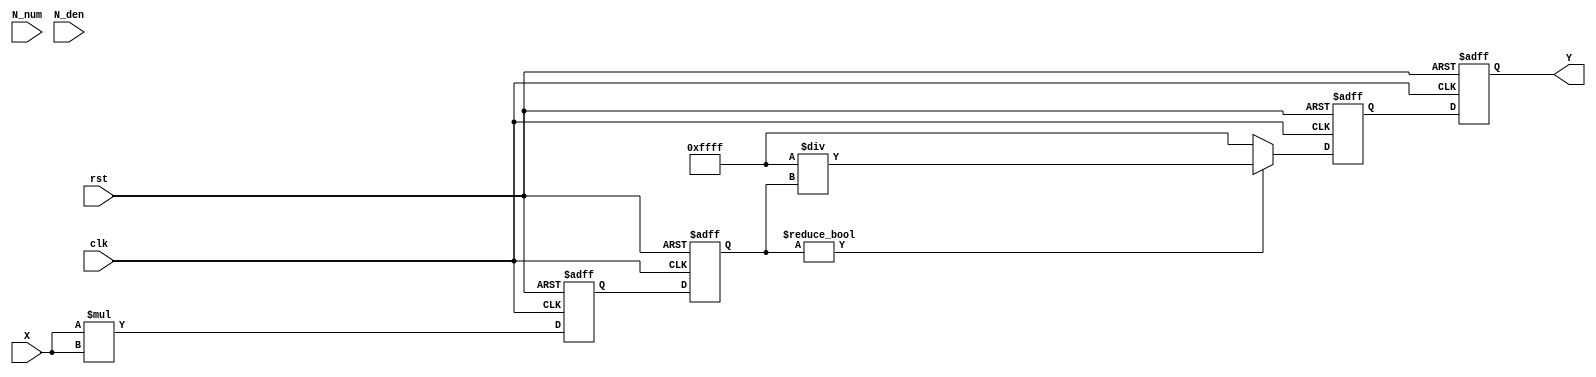
module fractional_order_reciprocal (
    input wire [15:0] X,        // Input Data (fixed-point representation)
    input wire [15:0] N_num,    // Numerator of Fractional Order (p)
    input wire [15:0] N_den,    // Denominator of Fractional Order (q)
    output reg [15:0] Y,        // Output Data
    input wire clk,             // Clock signal
    input wire rst              // Reset signal
);

    reg [31:0] exp_result;      // Intermediate result for exponentiation
    reg [15:0] reciprocal;       // Intermediate result for reciprocal
    reg [15:0] X_pow;            // X raised to the power of (p/q)
    reg [15:0] temp;             // Temporary variable for calculations

    // Exponentiation Unit (X^(p/q))
    always @(posedge clk or posedge rst) begin
        if (rst) begin
            exp_result <= 32'b0;
            X_pow <= 16'b0;
        end else begin
            // Simple exponentiation using Taylor series approximation
            // For demonstration, we assume N_den = 1 (integer exponent)
            // In a real implementation, you would need to handle fractional powers
            exp_result <= X * X; // Example: X^2 for N_num = 2, N_den = 1
            X_pow <= exp_result[15:0]; // Truncate to 16 bits
        end
    end

    // Reciprocal Unit (1 / X^(p/q))
    always @(posedge clk or posedge rst) begin
        if (rst) begin
            reciprocal <= 16'b0;
            Y <= 16'b0;
        end else begin
            if (X_pow != 0) begin
                reciprocal <= 16'hFFFF / X_pow; // Simple reciprocal calculation
            end else begin
                reciprocal <= 16'hFFFF; // Handle division by zero
            end
            Y <= reciprocal; // Output the result
        end
    end

endmodule